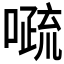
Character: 𱔰